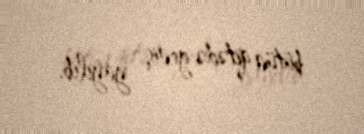
bütün qitədə geniş yayılıb.